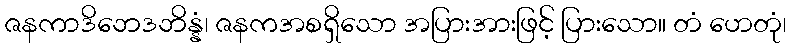
ဇနကာဒိဘေဒဘိန္နံ၊ ဇနကအစရှိသော အပြားအားဖြင့် ပြားသော။ တံ ဟေတုံ၊